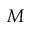
M